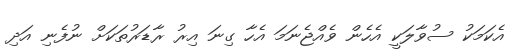
އެކަމަކު ސުވާލަކީ އެހެން ވެއްޖެނަމަ އެހާ ގިނަ އިރު ރާޑަރުތަކަށް ނުފެނި އަދި